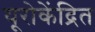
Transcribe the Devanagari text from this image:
यूरोकेंद्रित